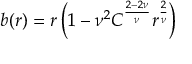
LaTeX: b ( r ) = r \left( 1 - { \nu } ^ { 2 } C ^ { \frac { 2 - 2 \nu } { \nu } } r ^ { \frac { 2 } { \nu } } \right)